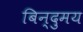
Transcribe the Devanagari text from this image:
बिन्दुमय